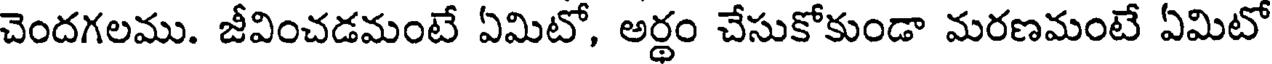
చెందగలము. జీవించడమంటే ఏమిటో, అర్థం చేసుకోకుండా మరణమంటే ఏమిటో